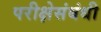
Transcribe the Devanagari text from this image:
परीक्षेसंबंधी